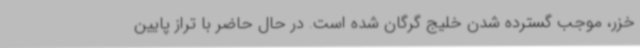
خزر، موجب گسترده شدن خلیج گرگان شده است. در حال حاضر با تراز پایین